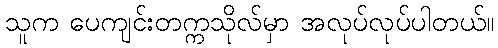
သူက ပေကျင်းတက္ကသိုလ်မှာ အလုပ်လုပ်ပါတယ်။